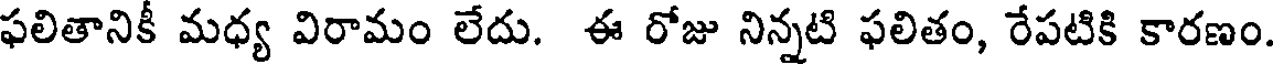
ఫలితానికీ మధ్య విరామం లేదు. ఈ రోజు నిన్నటి ఫలితం, రేపటికి కారణం